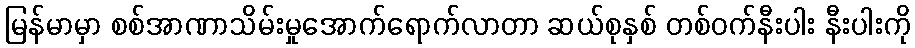
မြန်မာမှာ စစ်အာဏာသိမ်းမှုအောက်ရောက်လာတာ ဆယ်စုနှစ် တစ်ဝက်နီးပါး နီးပါးကို